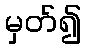
မှတ်၍